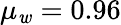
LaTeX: \mu_{\mathit{w}}=0.96